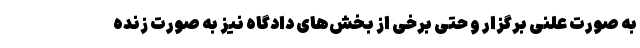
به صورت علنی برگزار و حتی برخی از بخش‌های دادگاه نیز به صورت زنده